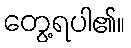
တွေ့ရပါ၏။